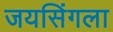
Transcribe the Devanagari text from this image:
जयसिंगला